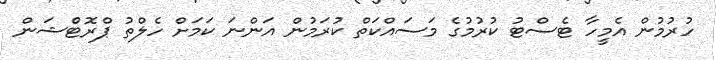
ހުރުމުން އެމީހާ ޓެސްޓު ކުރުމުގެ މަސައްކަތް ކުރަމުން އަންނަ ކަމަށް ހެލްތު ޕްރޮޓެްޝަން